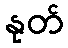
နုတ်